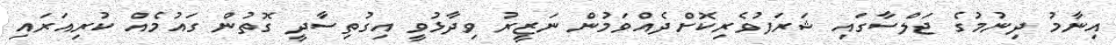
އިނާމު ދިނުމުގެ ޖަލްސާގައި ޝަރަފުވެރިކޮށްދެއްވަމުން ނަޒީރު ވިދާޅުވީ އިގުތިސާދީ ގޮތުން ގައުމެއް ކުރިއަރައި